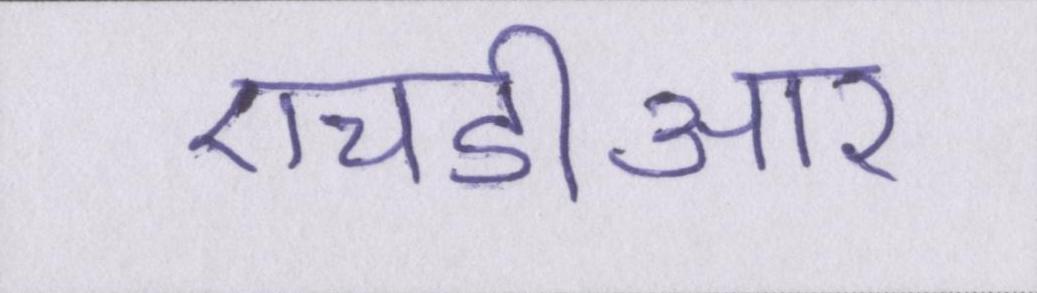
एचडीआर